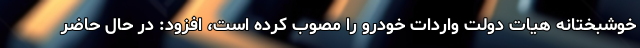
خوشبختانه هیات دولت واردات خودرو را مصوب کرده است، افزود: در حال حاضر